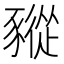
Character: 豵